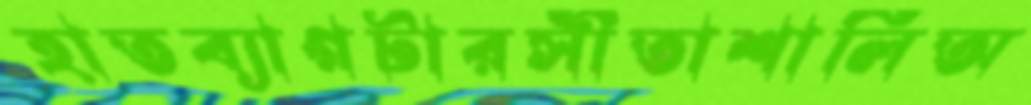
হাতব্যাগটারসীতাশালিঅ